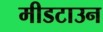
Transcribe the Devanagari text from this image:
मीडटाउन